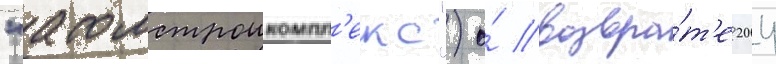
"атомстроикомпл'екс") о́ возвра́т'е 204